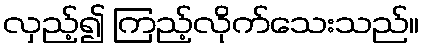
လှည့်၍ ကြည့်လိုက်သေးသည်။